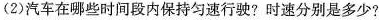
(2) 汽车在哪些时间段内保持匀速行驶? 时速分别是多少?